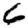
Digit: 6